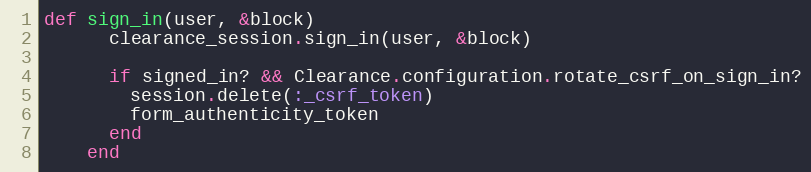
Language: Ruby
def sign_in(user, &block)
      clearance_session.sign_in(user, &block)

      if signed_in? && Clearance.configuration.rotate_csrf_on_sign_in?
        session.delete(:_csrf_token)
        form_authenticity_token
      end
    end